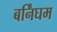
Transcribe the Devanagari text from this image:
बर्निंघम